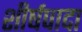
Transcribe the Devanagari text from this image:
शीर्षपादा